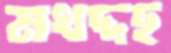
মখদ্দছ